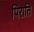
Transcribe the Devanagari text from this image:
पिराति